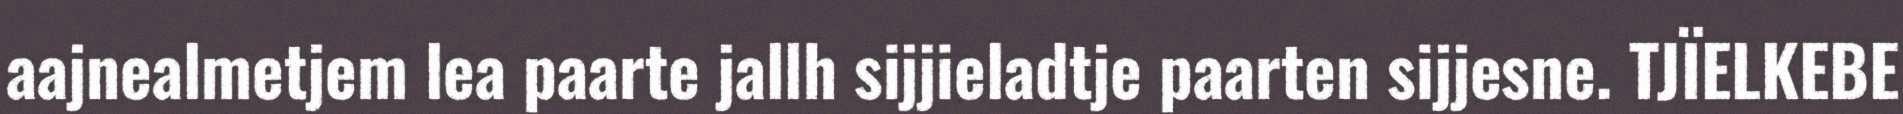
aajnealmetjem lea paarte jallh sijjieladtje paarten sijjesne. TJÏELKEBE